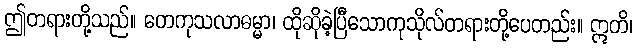
ဤတရားတို့သည်။ တေကုသလာဓမ္မာ၊ ထိုဆိုခဲ့ပြီသောကုသိုလ်တရားတို့ပေတည်း။ ဣတိ၊